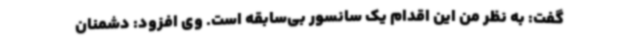
گفت: به نظر من این اقدام یک سانسور بی‌سابقه است. وی افزود: دشمنان